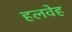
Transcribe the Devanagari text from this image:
हलवेह